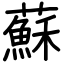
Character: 蘇